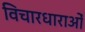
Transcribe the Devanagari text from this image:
विचारधाराओँ